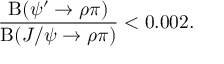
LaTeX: \frac { \mathrm { B } ( \psi ^ { \prime } \to \rho \pi ) } { \mathrm { B } ( J / \psi \to \rho \pi ) } < 0 . 0 0 2 .